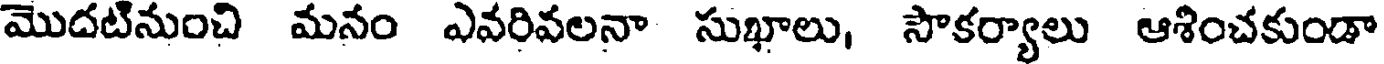
మొదటినుంచి మనం ఎవరివలనా సుఖాలు, సౌకర్యాలు ఆశించకుండా